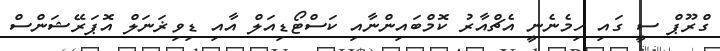
ގްރޫޕް ސީ ގައި ހިމެނެނީ އެޗްއާރު ކޮމްބައިންނާއި ކަސްޓޯޑިއަލް އާއި ޑިވިޜަނަލް އޮޕަރޭޝަންސް